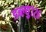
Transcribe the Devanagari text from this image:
डब्ल्यु१२६